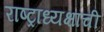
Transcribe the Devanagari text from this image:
राष्ट्राध्यक्षांची